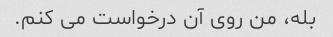
بله، من روی آن درخواست می کنم.